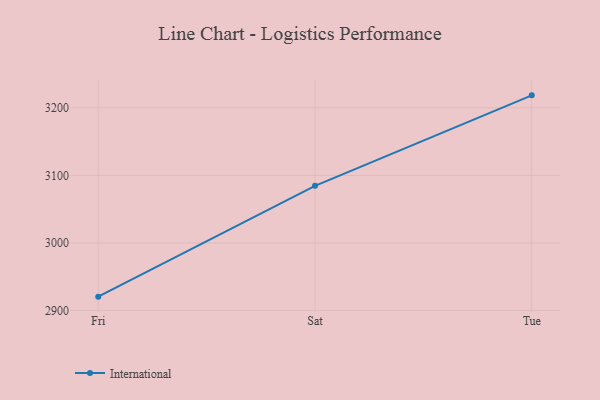
{"axis": {"x": "Day", "y": "Gross Profit (USD K)"}, "legend": ["International"], "data": [{"x": "Fri", "y": 2920.5, "type": "International"}, {"x": "Sat", "y": 3084.5, "type": "International"}, {"x": "Tue", "y": 3218.5, "type": "International"}]}